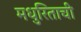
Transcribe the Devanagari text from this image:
मधुरिताची